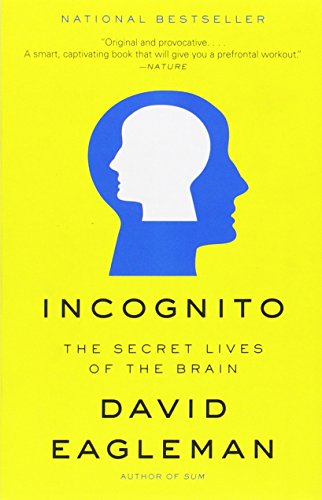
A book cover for Incognito: The Secret Lives of the Brain; David Eagleman; Medical Books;